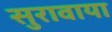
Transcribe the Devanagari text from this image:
सुरावाया